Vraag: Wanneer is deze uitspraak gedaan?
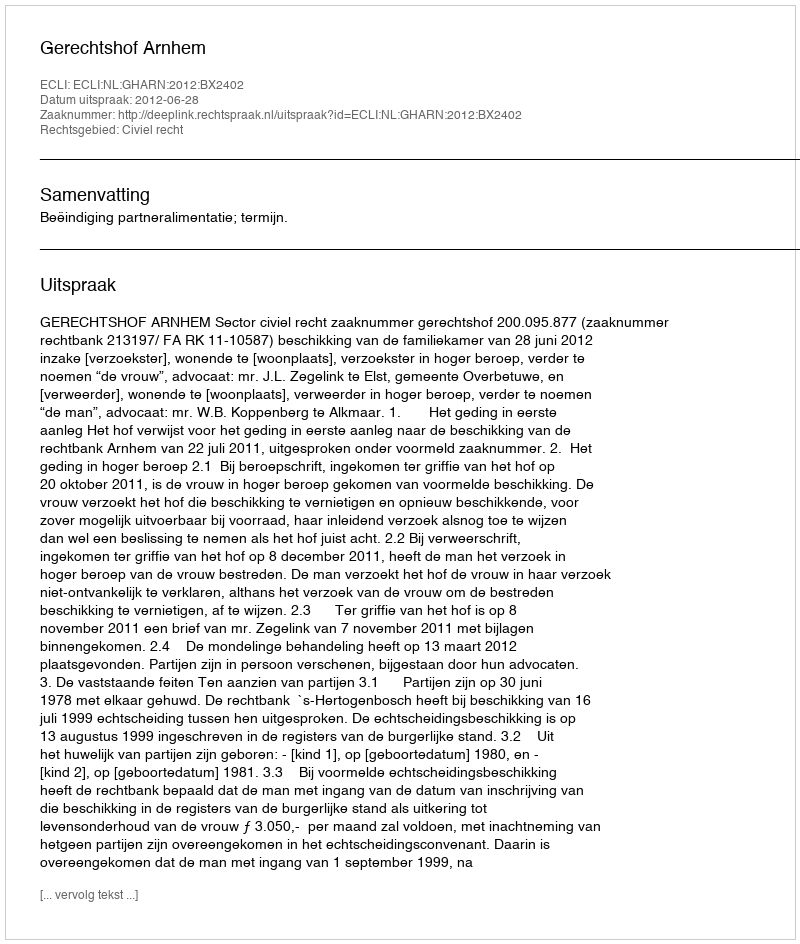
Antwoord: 2012-06-28